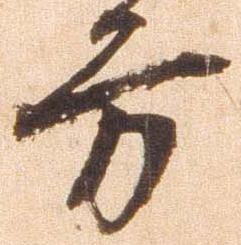
方